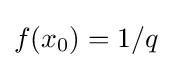
f(x_{0})=1/q